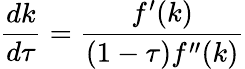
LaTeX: {\frac{dk}{d\tau}}={\frac{f^{\prime}(k)}{(1-\tau)f^{\prime\prime}(k)}}